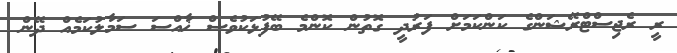
ރީ ރެޖިސްޓްރޭޝަންގެ ކަންކަމަށް ފަރުދީ ގޮތުން ކޮންމެ ބޭފުޅަކުވެސް ޚާއްސަ ސަމާލުކަމެއް ދޭން